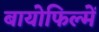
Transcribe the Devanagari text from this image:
बायोफिल्में